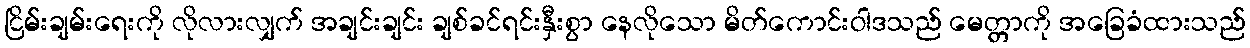
ငြိမ်းချမ်းရေးကို လိုလားလျှက် အချင်းချင်း ချစ်ခင်ရင်းနှီးစွာ နေလိုသော မိတ်ကောင်းဝါဒသည် မေတ္တာကို အခြေခံထားသည်